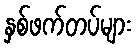
နှစ်ဖက်တပ်များ